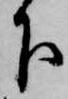
下